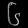
Digit: ၆